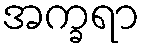
အက္ခရာ